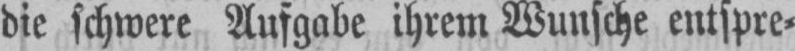
die schwere Aufgabe ihrem Wunsche entspre⸗